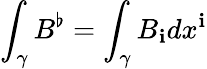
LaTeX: \int_{\gamma}B^{\flat}=\int_{\gamma}B_{\mathbf{i}}dx^{\mathbf{i}}